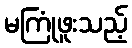
မကြုံဖူးသည့်